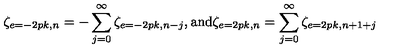
\zeta _ { e = - 2 p k , n } = - \sum _ { j = 0 } ^ { \infty } \zeta _ { e = - 2 p k , n - j } , \mathrm { a n d } \zeta _ { e = 2 p k , n } = \sum _ { j = 0 } ^ { \infty } \zeta _ { e = 2 p k , n + 1 + j }